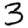
Digit: 3